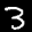
Label: 3